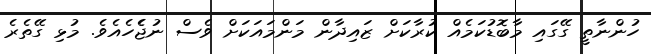
ހުންނާތީ ގޭގައި މާބޮޑުކަމެއް ކުރާކަށް ޒައިދާން މަންމައަކަށް ވެސް ނުޖެެހެއެެވެ. މުޅި ގޭތެރެ